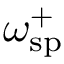
\omega _ { \mathrm { s p } } ^ { + }